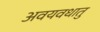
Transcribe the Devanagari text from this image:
अवयवधातु